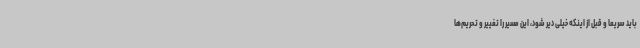
باید سریعا و قبل از اینکه خیلی دیر شود، این مسیر را تغییر و تحریم‌ها